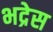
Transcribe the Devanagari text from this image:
भद्रेस